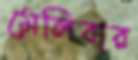
মেলিবার